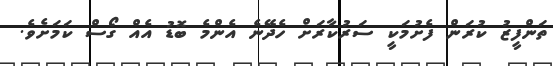
ތަންފީޒު ކުރަން ފެށުމަކީ ސަރުކާރަށް ހެދޭނެ އެންމެ ބޮޑު އެއް ގޯސް ކަމަށެވެ.